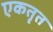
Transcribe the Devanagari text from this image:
एकतृत